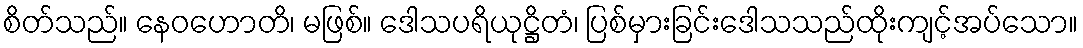
စိတ်သည်။ နေဝဟောတိ၊ မဖြစ်။ ဒေါသပရိယုဋ္ဌိတံ၊ ပြစ်မှားခြင်းဒေါသသည်ထိုးကျင့်အပ်သော။